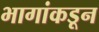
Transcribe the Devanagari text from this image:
भागांकडून